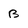
Character: B